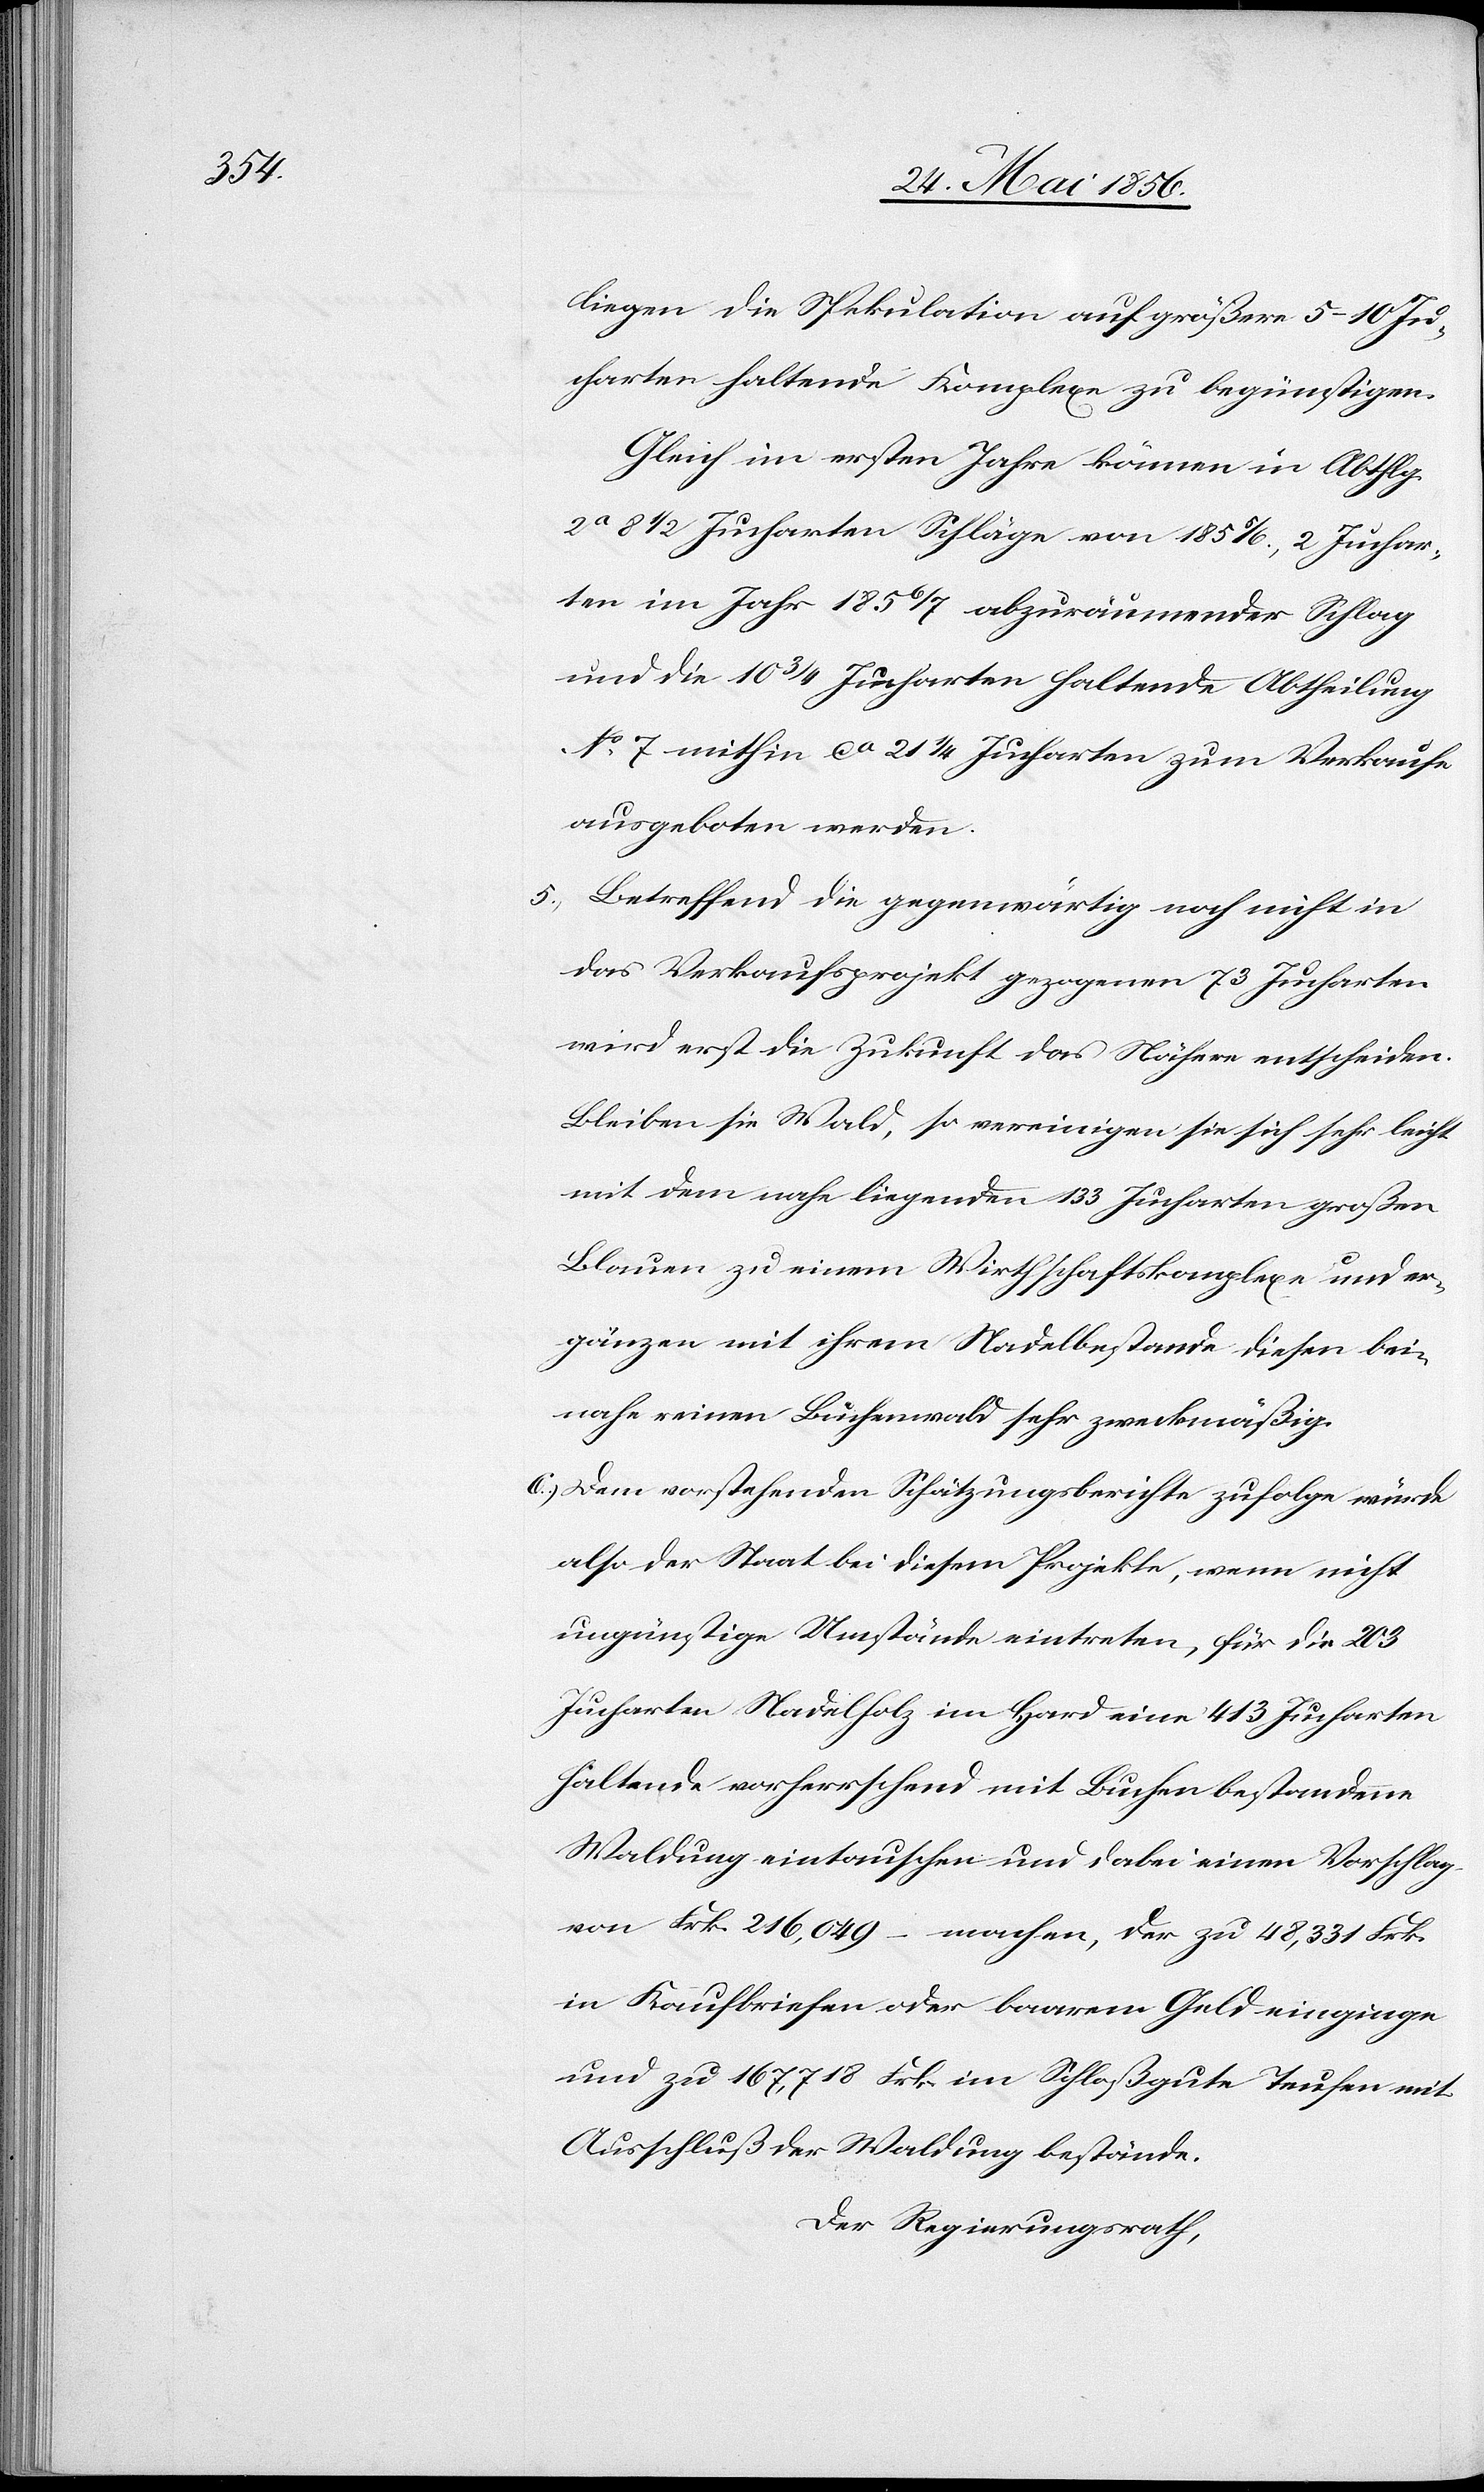
liegen die Spekulation auf größere 5–10 Ju¬
charten haltende Komplexe zu begünstigen.
Gleich im ersten Jahre können in Abthlg.
2a 8 ½ Jucharten Schläge von 1855/6., 2 Juchar¬
ten im Jahr 1856/7 abzuräumender Schlag
und die 10 ¾ Jucharten haltende Abtheilung
No 7 mithin ca 21 ¼ Jucharten zum Verkaufe
ausgeboten werden.
5.) Betreffend die gegenwärtig noch nicht in
das Verkaufsprojekt gezogenen 73 Jucharten
wird erst die Zukunft das Nähere entscheiden.
Bleiben sie Wald, so vereinigen sie sich sehr leicht
mit dem nahe liegenden 133 Jucharten großen
Blauen zu einem Wirthschaftskomplexe und er¬
gänzen mit ihrem Nadelbestande diesen bei¬
nahe reinen Buchenwald sehr zweckmäßig.
6.) Dem vorstehenden Schätzungsberichte zufolge würde
also der Staat bei diesem Projekte, wenn nicht
ungünstige Umstände eintreten, für die 203
Jucharten Nadelholz im Hard eine 413 Jucharten
haltende vorherrschend mit Buchen bestandene
Waldung eintauschen und dabei einen Vorschlag
von Frk. 216,049 – machen, der zu 48,331 Frk.
in Kaufbriefen oder baarem Geld einginge
und zu 167,718 Frk. im Schloßgute Teufen mit
Ausschluß der Waldung bestände.
Der Regierungsrath,